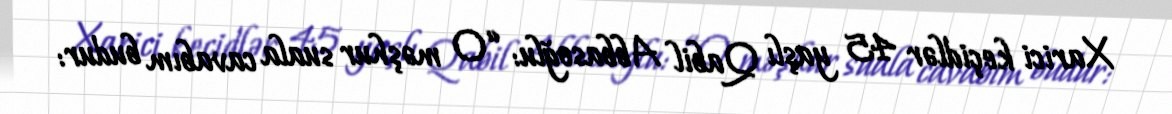
Xarici keçidlər 45 yaşlı Qabil Abbasoğlu: “O məşhur suala cavabım budur: